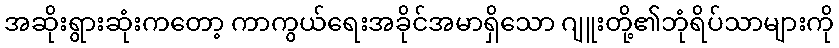
အဆိုးရွားဆုံးကတော့ ကာကွယ်ရေးအခိုင်အမာရှိသော ဂျူးတို့၏ဘုံရိပ်သာများကို